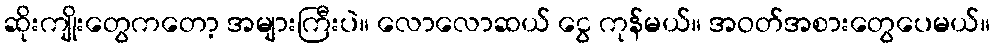
ဆိုးကျိုးတွေကတော့ အများကြီးပဲ။ လောလောဆယ် ငွေ ကုန်မယ်။ အဝတ်အစားတွေပေမယ်။